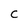
Character: C